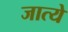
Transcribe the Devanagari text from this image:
जात्ये